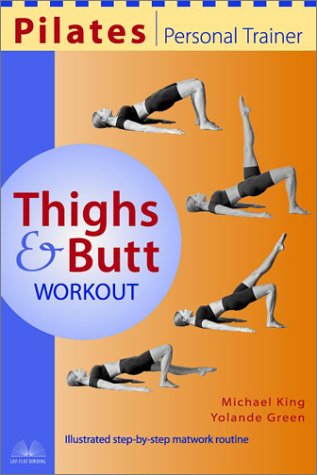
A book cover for Pilates Personal Trainer Thighs and Butt Workout: Illustrated Step-by-Step Matwork Routine; Michael King; Health, Fitness & Dieting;